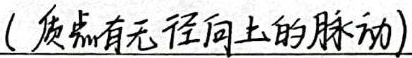
(质点有无径向上的脉动)